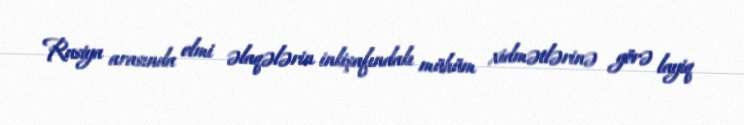
Rusiya arasında elmi əlaqələrin inkişafındakı mühüm xidmətlərinə görə layiq